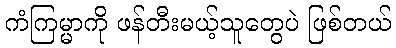
ကံကြမ္မာကို ဖန်တီးမယ့်သူတွေပဲ ဖြစ်တယ်